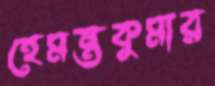
হেমন্তকুমার